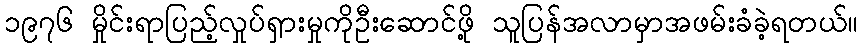
၁၉၇၆ မှိုင်းရာပြည့်လှုပ်ရှားမှုကိုဦးဆောင်ဖို့ သူပြန်အလာမှာအဖမ်းခံခဲ့ရတယ်။